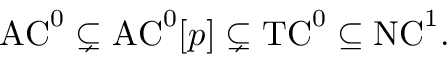
{ \mathrm { A C } } ^ { 0 } \subsetneq { \mathrm { A C } } ^ { 0 } [ p ] \subsetneq { \mathrm { T C } } ^ { 0 } \subseteq { \mathrm { N C } } ^ { 1 } .